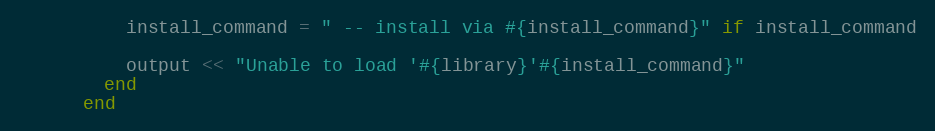
Language: Ruby
          install_command = " -- install via #{install_command}" if install_command

          output << "Unable to load '#{library}'#{install_command}"
        end
      end